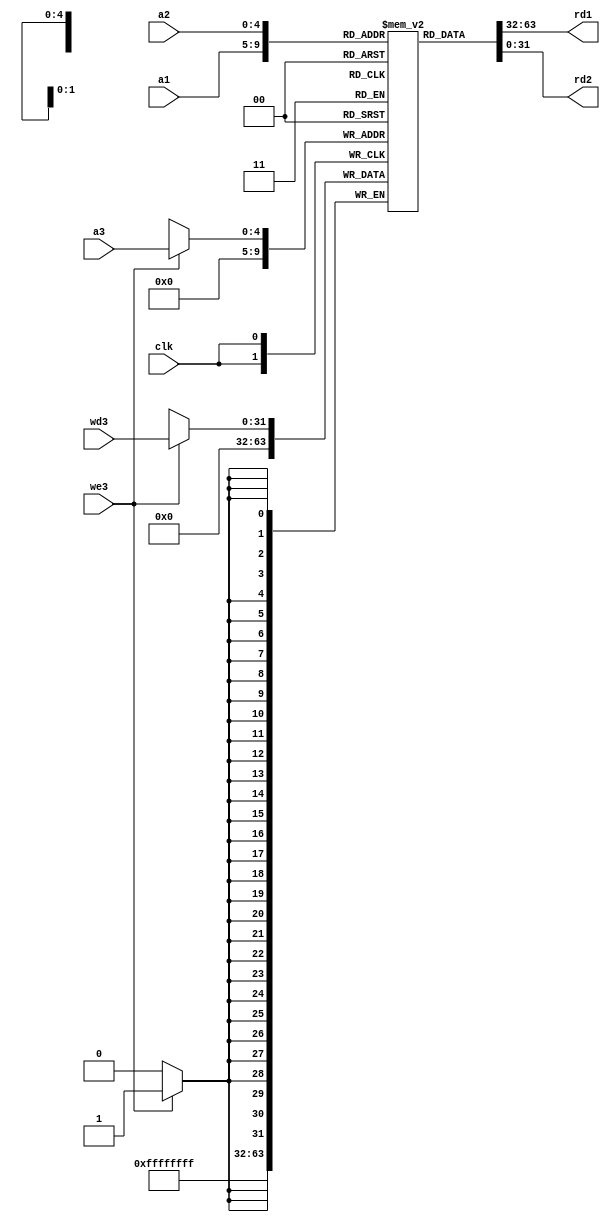
module register_block(
    input [4:0] a1, a2, a3,
    input clk, we3,
    input [31:0] wd3, 
    output [31:0] rd1, rd2
);

    integer i;
    initial begin
        $dumpfile("test");
        for(i = 0; i < 32; i = i + 1) $dumpvars(0, registers[i]);
    end

    reg [31:0] registers [31:0];

    assign rd1 = registers[a1];
    assign rd2 = registers[a2];

    always @(posedge clk) begin
        if(we3) begin
            registers[a3] = wd3;
        end
        registers[0] = 0; // better solution?
    end
        
endmodule